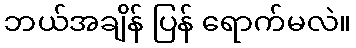
ဘယ်အချိန် ပြန် ရောက်မလဲ။